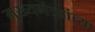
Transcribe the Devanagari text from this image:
मुख्यमंत्र्यांच्‍या